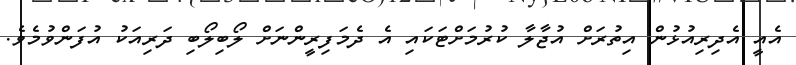
އެއީ އެދިރިއުޅުން އިތުރަށް އުޖާލާ ކުރުމަށްޓަކައި އެ ދެމަފިރީންނަށް ލޯބިލޯބި ދަރިއަކު އުފަންވުމެވެ.